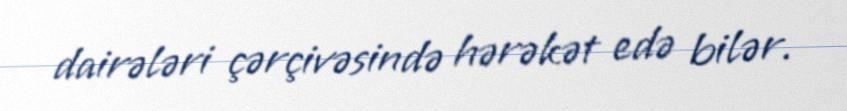
dairələri çərçivəsində hərəkət edə bilər.